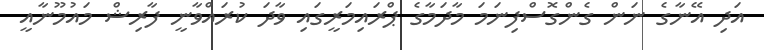
އަދި އޭނާގެ ނަން ގެންގޮސްފިނަމަ މާދަމާގެ ޕްރައިމަރީގައި ވާދަ ކުރައްވާނީ ފާރިޝް މައުމޫނާއީ